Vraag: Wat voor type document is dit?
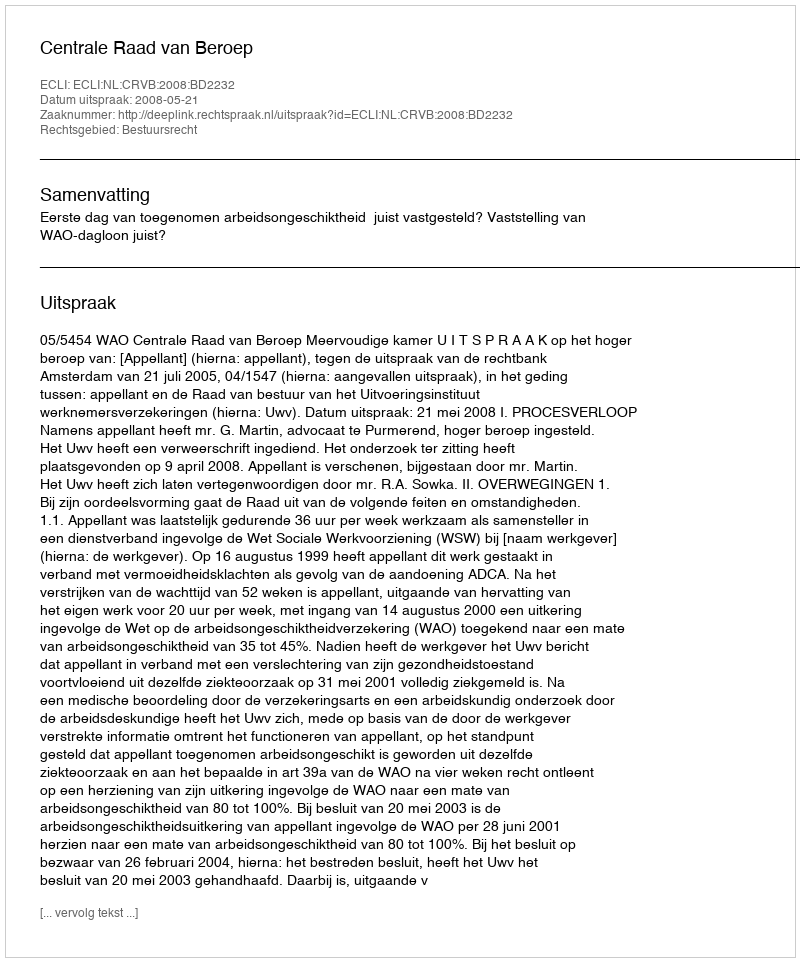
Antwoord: Uitspraak